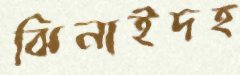
ঝিনাইদহ